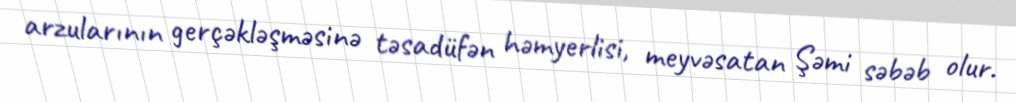
arzularının gerçəkləşməsinə təsadüfən həmyerlisi, meyvəsatan Şəmi səbəb olur.